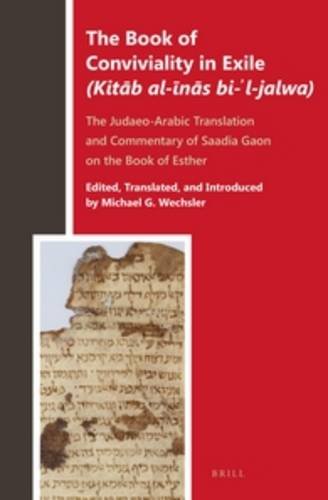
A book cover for The Book of Conviviality in Exile (Kitab al-inas bi-l-jalwa): The Judaeo-Arabic Translation and Commentary of Saadia Gaon on the Book of Esther (Biblia Arabica); Christian Books & Bibles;